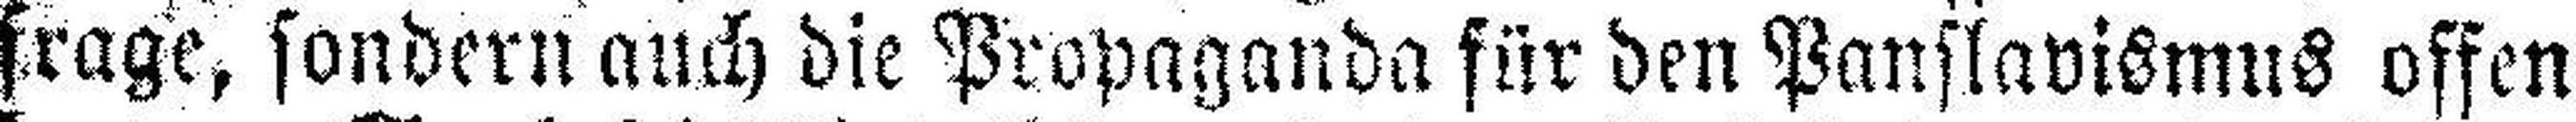
frage, sondern auch die Propaganda für den Panslavismus offen